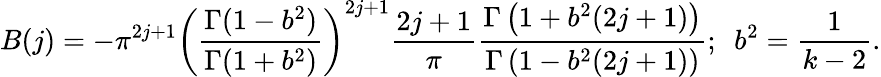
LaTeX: B(j)=-{\pi}^{2j+1}\left(\frac{\Gamma(1-b^{2})}{\Gamma(1+b^{2})}\right)^{2j+1}\frac{2j+1}{\pi}\frac{\Gamma\left(1+b^{2}(2j+1)\right)}{\Gamma\left(1-b^{2}(2j+1)\right)};\ \ b^{2}=\frac{1}{k-2}.